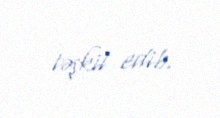
təşkil edib.